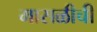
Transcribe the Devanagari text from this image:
मासळीची